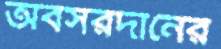
অবসরদানের